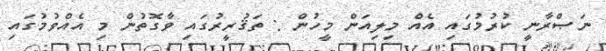
ނަޞްރާނީ ކުރުމުގައި އެއް މިލިއަން މީހުން : ތަޤުރީރުގައި ވާގޮތުން މި އެއްވުމުގައި